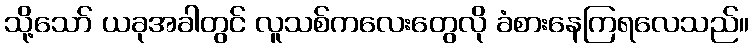
သို့သော် ယခုအခါတွင် လူသစ်ကလေးတွေလို ခံစားနေကြရလေသည်။